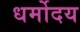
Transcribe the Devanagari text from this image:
धर्मोदय